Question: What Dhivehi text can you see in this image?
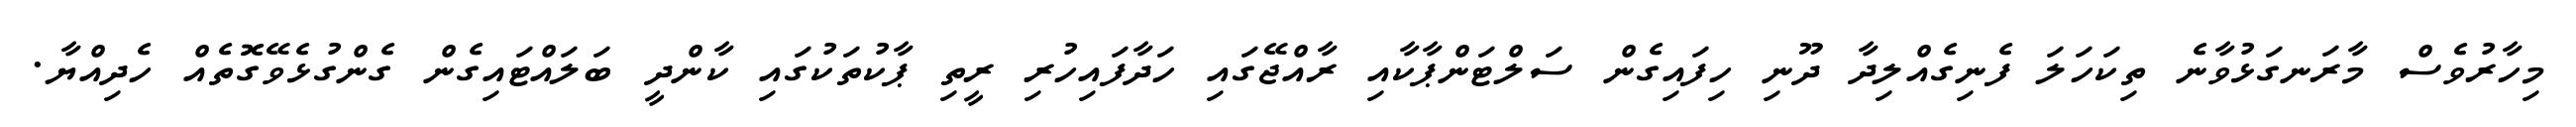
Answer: މިހާރުވެސް މާރަނގަޅުވާނެ ތިކަހަލަ ފެނިގެއްލިދާ ދޫނި ހިފައިގެން ސަލްޓަންޕާކާއި ރާއްޖޭގައި ހަދާފައިހުރި ރީތި ޕާކުތަކުގައި ކާންދީ ބަލައްޓައިގެން ގެންގުޅެވޭގޮތެއް ހެދިއްޔާ.